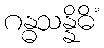
ဂန္ဓသန္နိဓိံ